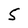
Character: 5